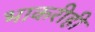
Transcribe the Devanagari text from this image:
भाकरीही